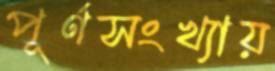
পূর্ণসংখ্যায়